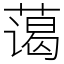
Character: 蔼